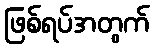
ဖြစ်ရပ်အတွက်